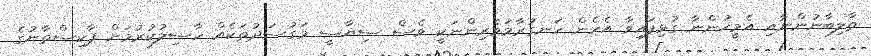
ތާލިބާނުންނާއި އެމީހުންނާ ގުޅިފައިވާ އެހެން ހަނގުރާމަވެރިންނަކީ ވެސް ސިޔާސީ މަގުސަދުތަކެއް ހާސިލުކުރުމަށް ޕާކިސްތާނުގެ